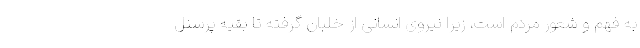
به فهم و شعور مردم است، زیرا نیروی انسانی از خلبان گرفته تا بقیه پرسنل